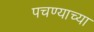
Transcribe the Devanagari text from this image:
पचण्याच्या